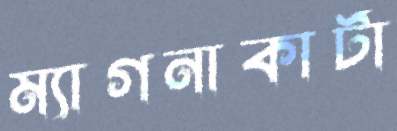
ম্যাগনাকার্টা